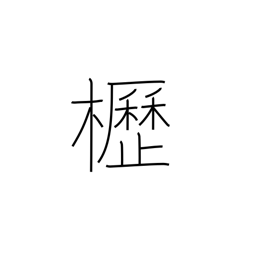
Meaning: horse barn